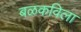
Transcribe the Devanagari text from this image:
बळकविला